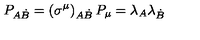
P _ { A \dot { B } } = \left( \sigma ^ { \mu } \right) _ { A \dot { B } } P _ { \mu } = \lambda _ { A } \lambda _ { \dot { B } }